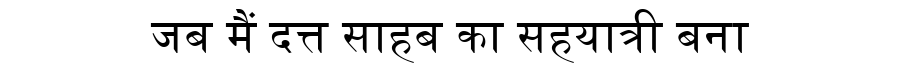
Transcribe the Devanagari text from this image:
जब मैं दत्त साहब का सहयात्री बना